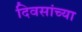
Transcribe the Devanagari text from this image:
दिवसांच्‍या